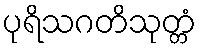
ပုရိသဂတိသုတ္တံ